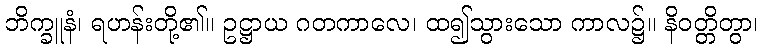
ဘိက္ခူနံ၊ ရဟန်းတို့၏။ ဥဋ္ဌာယ ဂတကာလေ၊ ထ၍သွားသော ကာလ၌။ နိဝတ္တိတွာ၊